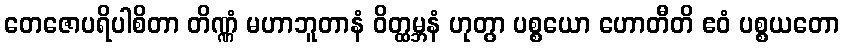
တေဇောပရိပါစိတာ တိဏ္ဏံ မဟာဘူတာနံ ဝိတ္ထမ္ဘနံ ဟုတွာ ပစ္စယော ဟောတီတိ ဧဝံ ပစ္စယတော